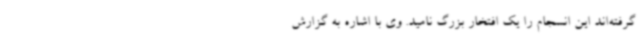
گرفته‌اند این انسجام را یک افتخار بزرگ نامید. وی با اشاره به گزارش